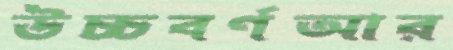
উচ্চবর্ণআর